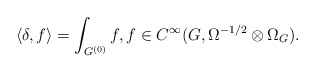
\begin{align*} \langle \delta ,f \rangle = \int_{G^{(0)}}f, f\in C^\infty(G,\Omega^{-1/2}\otimes\Omega_G). \end{align*}